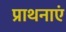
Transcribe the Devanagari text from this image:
प्राथनाएं